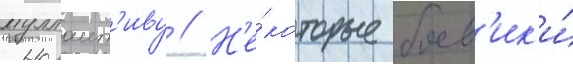
муллаит'иву // Н'е́которые боев'ик'и́